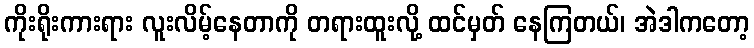
ကိုးရိုးကားရား လူးလိမ့်နေတာကို တရားထူးလို့ ထင်မှတ် နေကြတယ်၊ အဲဒါကတော့